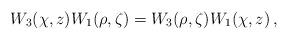
LaTeX: \begin{align*}W_3(\chi,z)W_1(\rho,\zeta)=W_3(\rho,\zeta)W_1(\chi,z)\,,\end{align*}